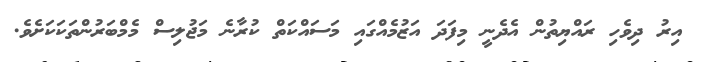
އިރު ދިވެހި ރައްޔިތުން އެދެނީ މިފަދަ އަޒުމެއްގައި މަސައްކަތް ކުރާނެ މަޖުލިސް މެމްބަރުންތަކަކަށެވެ.